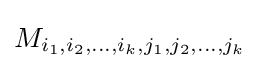
M_{i_{1},i_{2},\ldots ,i_{k},j_{1},j_{2},\ldots ,j_{k}}